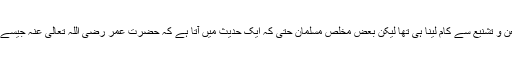
یہ ظاہری ناکامی ایک ایسا بھاری صدمہ تھی کہ کافروں اور منافقوں نے تو مذاق اور طعن و تشنیع سے کام لینا ہی تھا لیکن بعض مخلص مسلمان حتٰی کہ ایک حدیث میں آتا ہے کہ حضرت عمر رضی اللہ تعالیٰ عنہ جیسے بلند پایہ بزرگ بھی اس ظاہری ناکامی کی وجہ سے وقتی طور پر متزلزل ہو گئے تھے۔